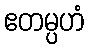
ဧတမ္ပဟံ